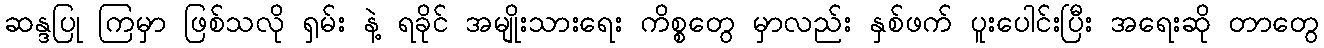
ဆန္ဒပြု ကြမှာ ဖြစ်သလို ရှမ်း နဲ့ ရခိုင် အမျိုးသားရေး ကိစ္စတွေ မှာလည်း နှစ်ဖက် ပူးပေါင်းပြီး အရေးဆို တာတွေ